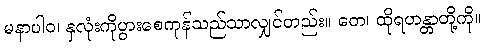
မနာပါဝ၊ နှလုံးကိုပွားစေကုန်သည်သာလျှင်တည်း။ တေ၊ ထိုရဟန္တာတို့ကို။